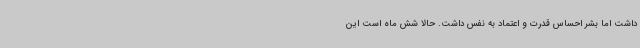
داشت اما بشر احساس قدرت و اعتماد به نفس داشت. حالا شش ماه است این